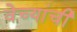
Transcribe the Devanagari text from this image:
वेच्यांची